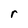
Character: r